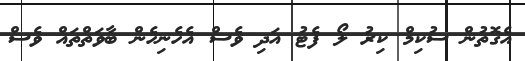
އެގޮތުން ސުކިމް ކިރު ލޯ ފެޓު އަދި ވެސް އެހެނިހެން ބާވަތްތައް ވެސް